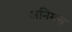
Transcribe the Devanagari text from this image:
अनिमस